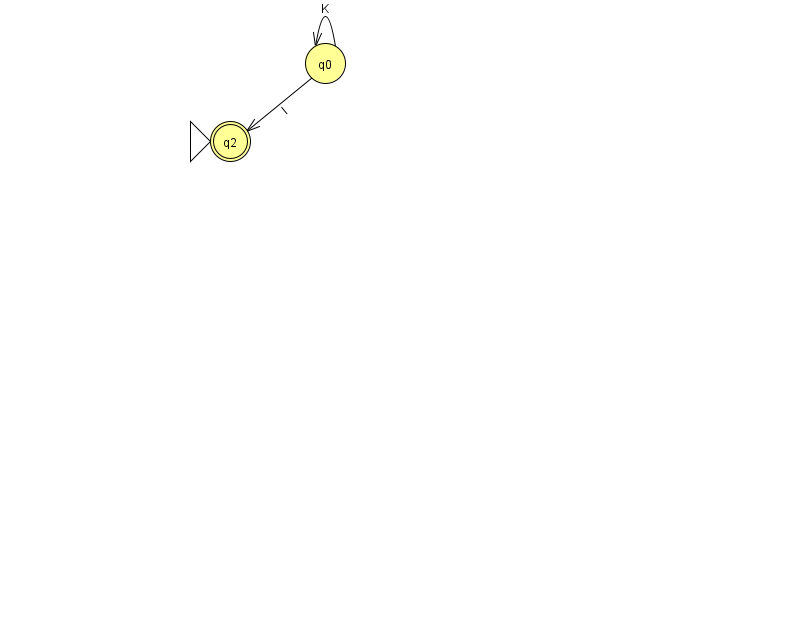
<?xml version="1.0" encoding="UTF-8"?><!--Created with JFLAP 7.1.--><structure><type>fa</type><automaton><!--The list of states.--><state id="0" name="q0"><x>325.0</x><y>50.0</y></state><state id="2" name="q2"><x>230.0</x><y>128.0</y><initial/><final/></state><!--The list of transitions.--><transition><from>0</from><to>2</to><read>I</read></transition><transition><from>0</from><to>0</to><read>K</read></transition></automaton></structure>